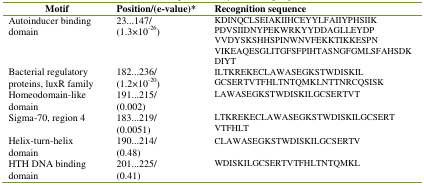
<table><thead><tr><td><b>Motif</b></td><td><b>Position/(e-value)*</b></td><td><b>Recognition sequence</b></td></tr></thead><tbody><tr><td>Autoinducer binding domain</td><td>23...147/ (1.3×10-26)</td><td>KDINQCLSEIAKIIHCEYYLFAIIYPHSIIK PDVSIIDNYPEKWRKYYDDAGLLEYDP VVDYSKSHHSPINWNVFEKKTIKKESPN VIKEAQESGLITGFSFPIHTASNGFGMLSFAHSDK DIYT</td></tr><tr><td>Bacterial regulatory proteins, luxR family</td><td>182...236/ (1.2×10-20)</td><td>ILTKREKECLAWASEGKSTWDISKIL GCSERTVTFHLTNTQMKLNTTNRCQSISK</td></tr><tr><td>Homeodomain-like domain</td><td>191...215/ (0.002)</td><td>LAWASEGKSTWDISKILGCSERTVT</td></tr><tr><td>Sigma-70, region 4</td><td>183...219/ (0.0051)</td><td>LTKREKECLAWASEGKSTWDISKILGCSERT VTFHLT</td></tr><tr><td>Helix-turn-helix domain</td><td>190...214/ (0.48)</td><td>CLAWASEGKSTWDISKILGCSERTV</td></tr><tr><td>HTH DNA binding domain</td><td>201...225/ (0.41)</td><td>WDISKILGCSERTVTFHLTNTQMKL</td></tr></tbody></table>